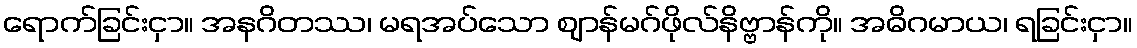
ရောက်ခြင်းငှာ။ အနဂိတဿ၊ မရအပ်သော ဈာန်မဂ်ဖိုလ်နိဗ္ဗာန်ကို။ အဓိဂမာယ၊ ရခြင်းငှာ။